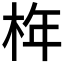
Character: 𣑻